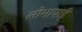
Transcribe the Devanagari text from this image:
लोभापाई